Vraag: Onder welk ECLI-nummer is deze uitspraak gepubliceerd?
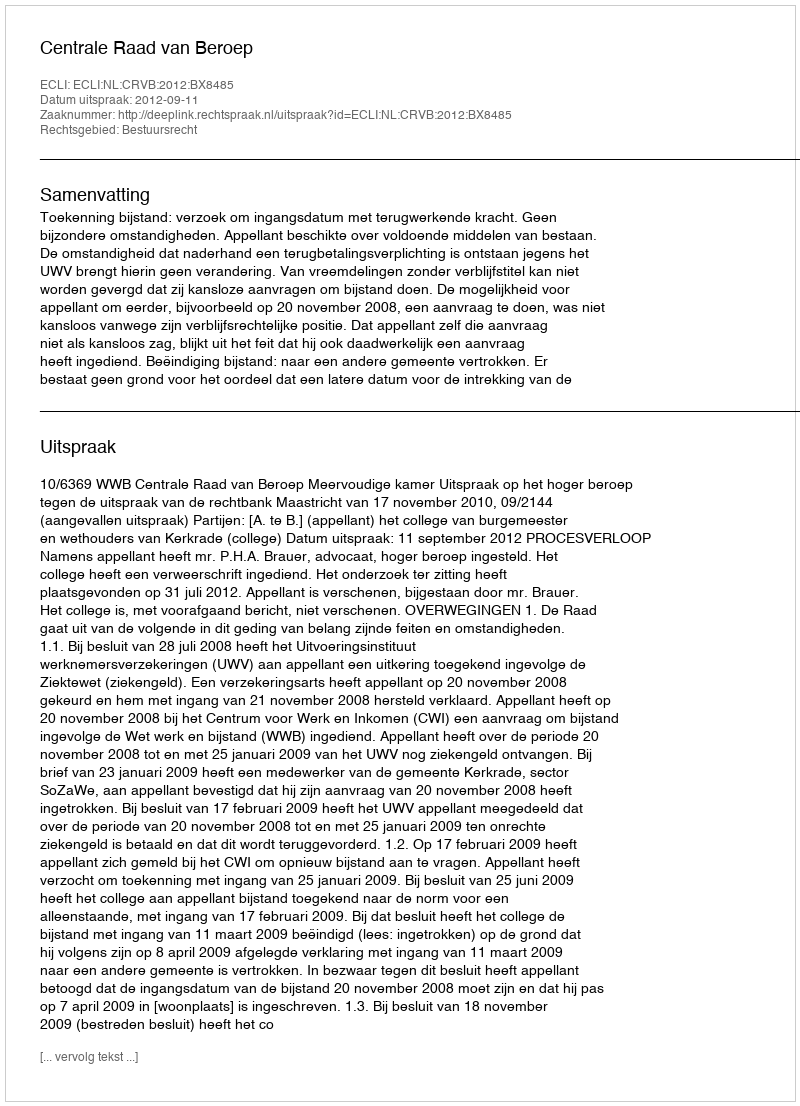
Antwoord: ECLI:NL:CRVB:2012:BX8485